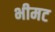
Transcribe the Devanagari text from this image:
भीमट